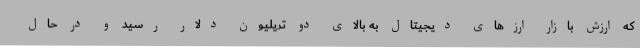
که ارزش بازار ارزهای دیجیتال به بالای دو تریلیون دلار رسید و در حال